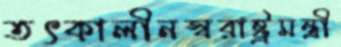
তৎকালীনস্বরাষ্ট্রমন্ত্রী